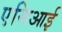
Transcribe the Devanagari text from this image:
एसिआई